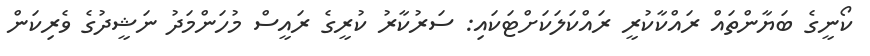
ކޯނީގެ ބަޔާންތައް ރައްކާކުރީ ރައްކަލަކަށްޓަކައި: ސަރުކާރު ކުރީގެ ރައީސް މުހަންމަދު ނަޝީދުގެ ވެރިކަން